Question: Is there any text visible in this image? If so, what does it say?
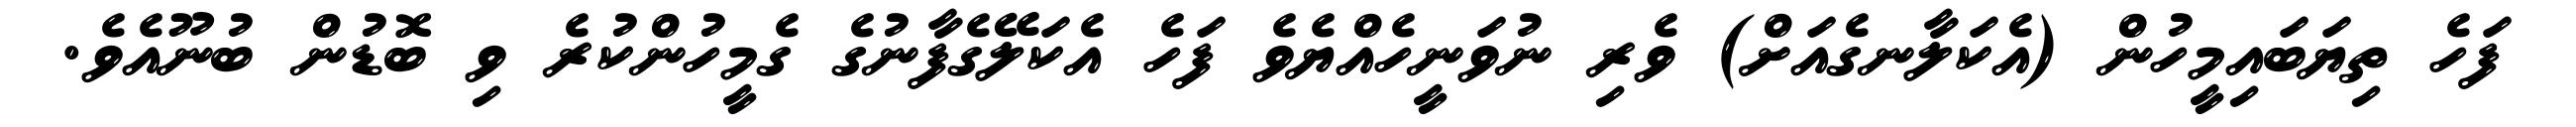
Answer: ފަހެ ތިޔަބައިމީހުން (އެކަލާނގެއަށް) ވެރި ނުވަނީހެއްޔެވެ ފަހެ އެކަލޭގެފާނުގެ ގެމީހުންކުރެ ވި ބޮޑުން ބުނޫއެވެ.